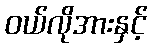
ဝယ်လိုအားနှင့်